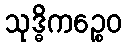
သုဒ္ဓိကဉ္စေဝ